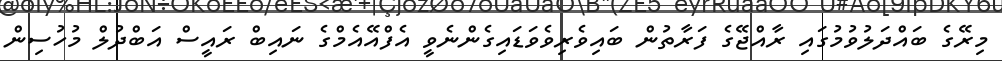
މިރޭގެ ބައްދަލުވުމުގައި ރާއްޖޭގެ ފަރާތުން ބައިވެރިވެވަޑައިގެންނެވީ އެފްއޭއެމްގެ ނައިބް ރައީސް އަބްދުލް މުހުސިން